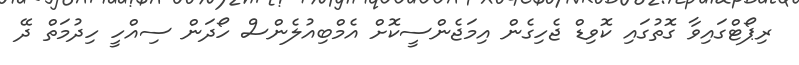
ރިޕޯޓްގައިވާ ގޮތުގައި ކޮވިޑް ޖެހިގެން އިމަޖެންސީކޮށް އެމްބިއުލެންސް ހޯދަން ސިއްހީ ހިދުމަތް ދޭ